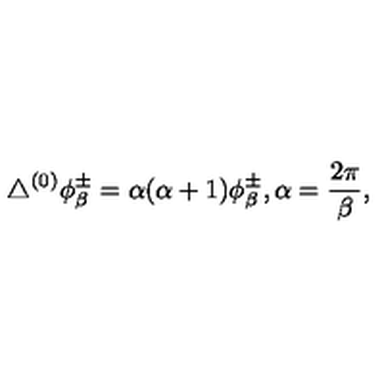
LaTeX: \triangle ^ { ( 0 ) } \phi _ { \beta } ^ { \pm } = \alpha ( \alpha + 1 ) \phi _ { \beta } ^ { \pm } , \alpha = { \frac { 2 \pi } { \beta } } ,